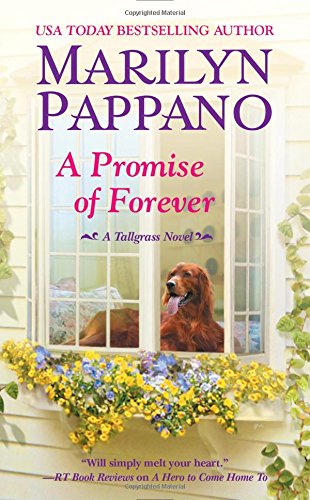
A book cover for A Promise of Forever (A Tallgrass Novel); Marilyn Pappano; Romance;